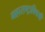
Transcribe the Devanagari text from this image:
महाराष्ट्राविषयी